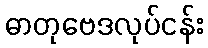
ဓာတုဗေဒလုပ်ငန်း